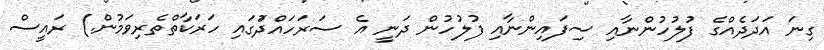
ގިނަ އަދަދެއްގެ ފުލުހުންނާއި ސިފައިންނާއި ފުލުހުން ދަނީ އެ ސަރަހައްދަުގައި ހަރަކާތްތެރިވަމުން.) ރައީސް